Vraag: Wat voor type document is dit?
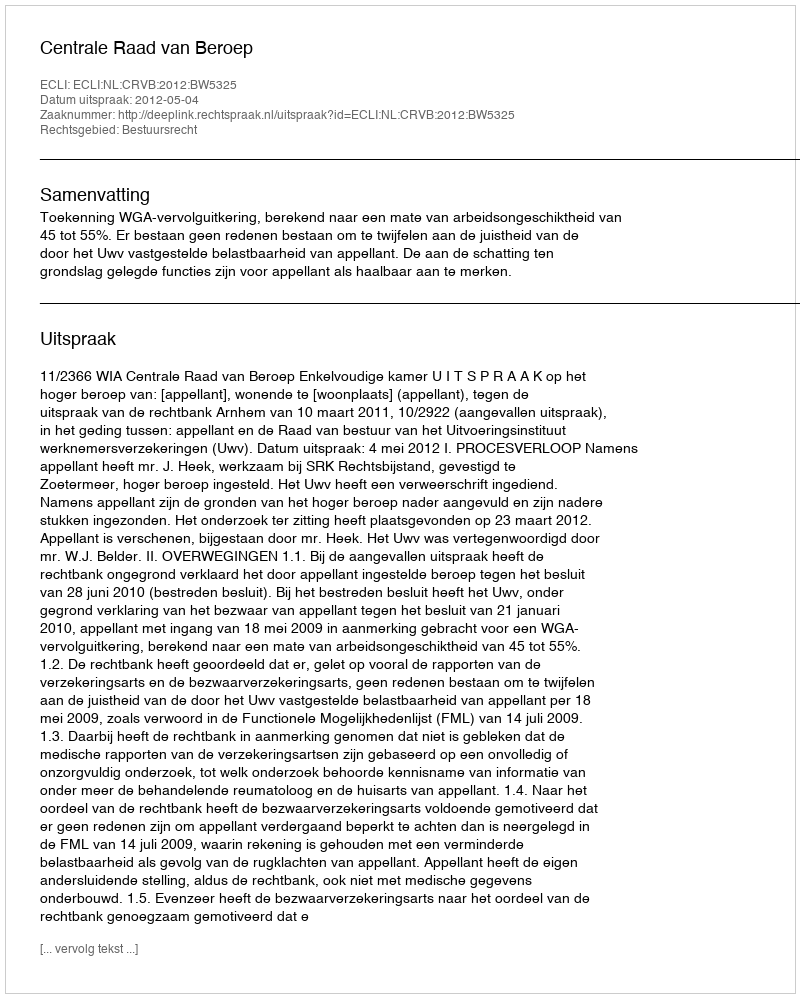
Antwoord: Uitspraak